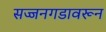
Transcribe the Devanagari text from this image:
सज्जनगडावरून